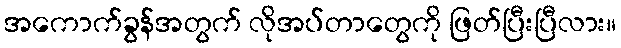
အကောက်ခွန်အတွက် လိုအပ်တာတွေကို ဖြတ်ပြီးပြီလား။